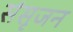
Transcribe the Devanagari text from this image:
संसृजन